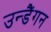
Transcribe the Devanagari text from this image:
उन्डैंगन